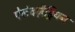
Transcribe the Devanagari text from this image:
ऐलेक्ज़ैड्रियन